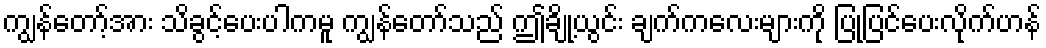
ကျွန်တော့်အား သိခွင့်ပေးပါကမူ ကျွန်တော်သည် ဤချို့ယွင်း ချက်ကလေးများကို ပြုပြင်ပေးလိုက်ဟန်